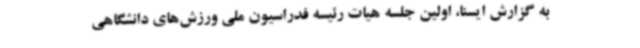
به گزارش ایسنا، اولین جلسه هیات رئیسه فدراسیون ملی ورزش‌های دانشگاهی